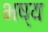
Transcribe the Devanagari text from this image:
भष्य